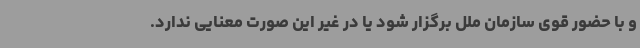
و با حضور قوی سازمان ملل برگزار شود یا در غیر این صورت معنایی ندارد.